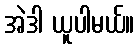
အဲဒါ ယူပါမယ်။